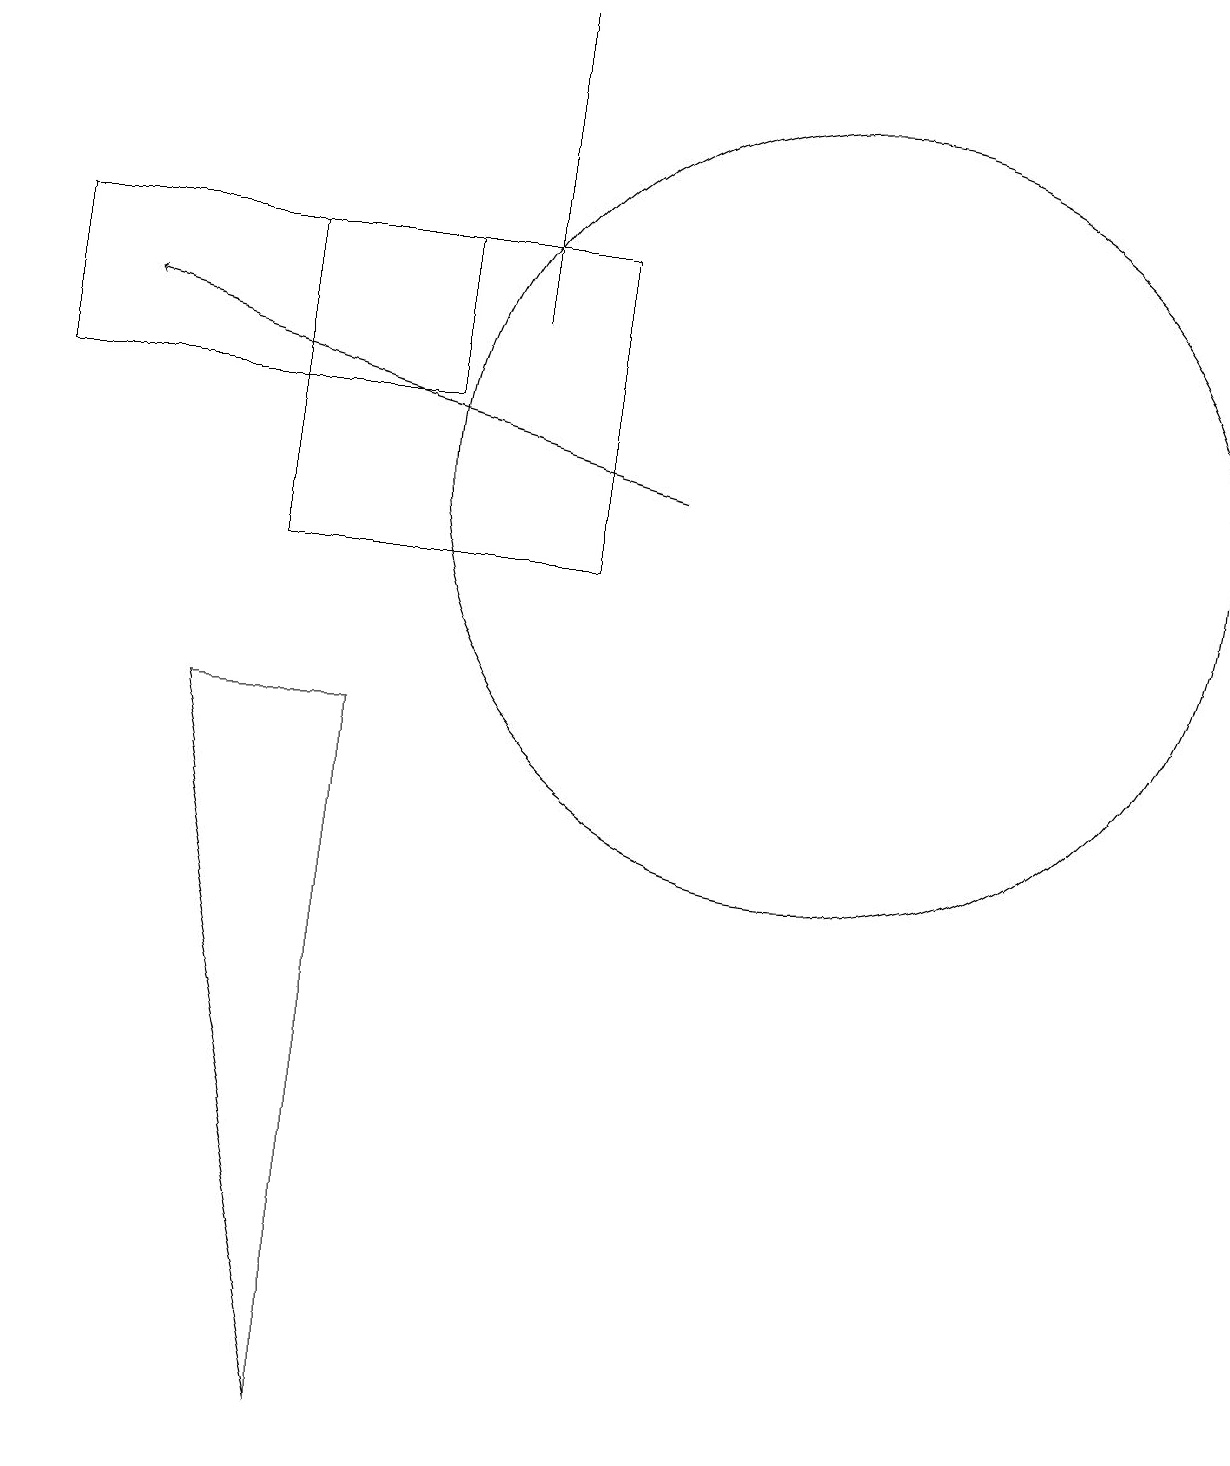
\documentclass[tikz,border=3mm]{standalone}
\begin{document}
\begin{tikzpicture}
\draw (10,10) circle (0);
\draw (10,12) circle (5);
\draw (10,12) circle (0);
\draw (4,0) -- (2,9) -- (4,9) -- cycle;
\draw (0,15) rectangle (5,13);
\draw (3,11) rectangle (7,15);
\draw (6,18) rectangle (6,14);
\draw[->] (8,12) -- (1,14);
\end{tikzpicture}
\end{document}